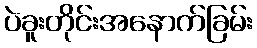
ပဲခူးတိုင်းအနောက်ခြမ်း